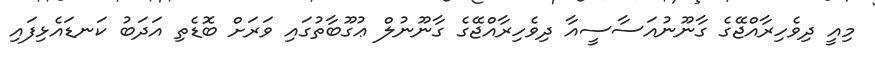
މިއީ ދިވެހިރާއްޖޭގެ ގާނޫނުއަސާސީއާ ދިވެހިރާއްޖޭގެ ގާނޫނުލް ޢުގޫބާތުގައި ވަރަށް ބޮޑެތި އަދަބު ކަނޑައެޅިފައި